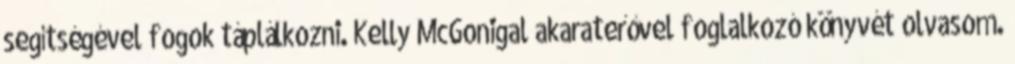
segítségével fogok táplálkozni. Kelly McGonigal akaraterővel foglalkozó könyvét olvasom.